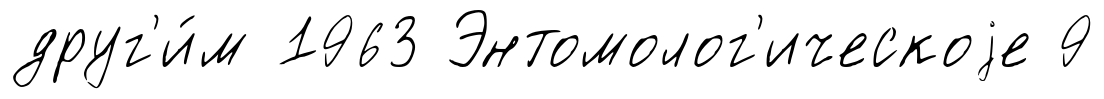
друг'и́м 1963 Энтомолог'ическоjе 9